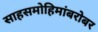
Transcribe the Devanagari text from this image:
साहसमोहिमांबरोबर